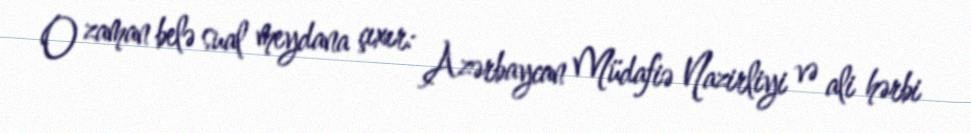
O zaman belə sual meydana çıxır: Azərbaycan Müdafiə Nazirliyi və ali hərbi